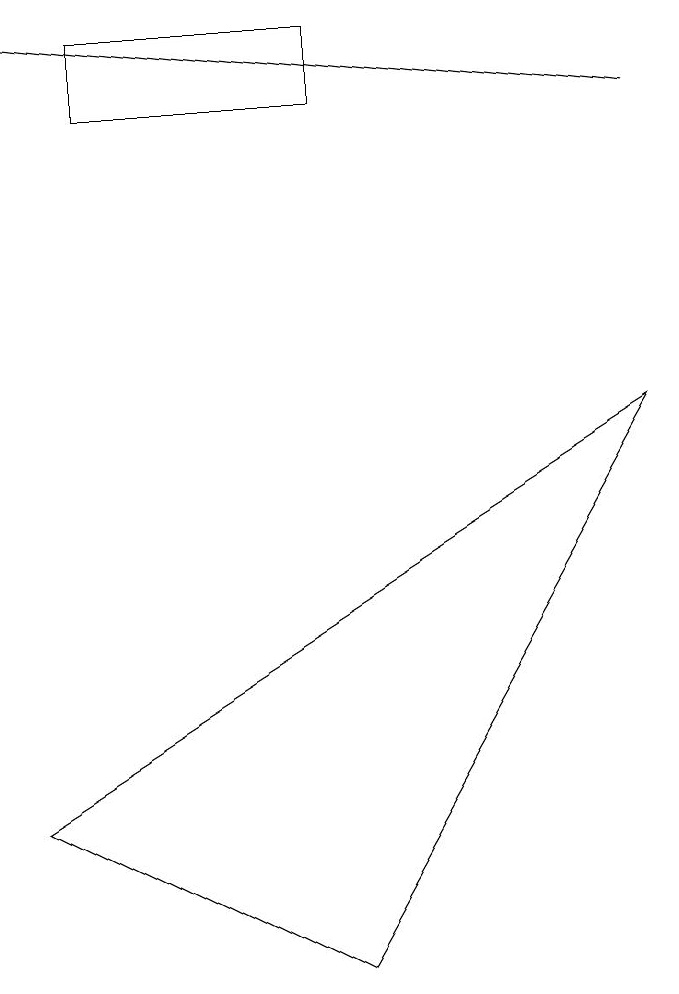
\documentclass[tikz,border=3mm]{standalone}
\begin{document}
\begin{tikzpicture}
\draw (4,0) -- (0,2) -- (8,7) -- cycle;
\draw (1,12) rectangle (4,11);
\draw[->] (8,11) -- (0,12);
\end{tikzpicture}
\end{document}